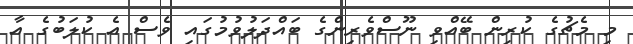
މި މެޗުގެ ކުރިން ބޭއްވި ނޫސްވެރިންގެ ބައްދަލުވުމުގައި ވެސް އެ ކުލަބުގެ އާ